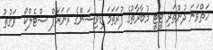
ހަތްވަނަ ދުންތަރި ޓީޓީ މުބާރާތުގެ ފުރަތަމަ ޑިވިޝަންގެ ރަނަރަޕް ސްޓެލްކޯ  ވަގުތު